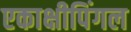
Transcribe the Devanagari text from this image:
एकाक्षीपिंगल